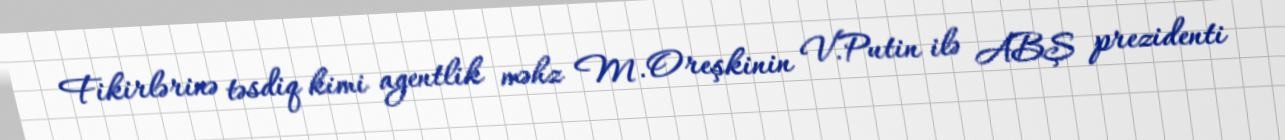
Fikirlərinə təsdiq kimi agentlik məhz M.Oreşkinin V.Putin ilə ABŞ prezidenti